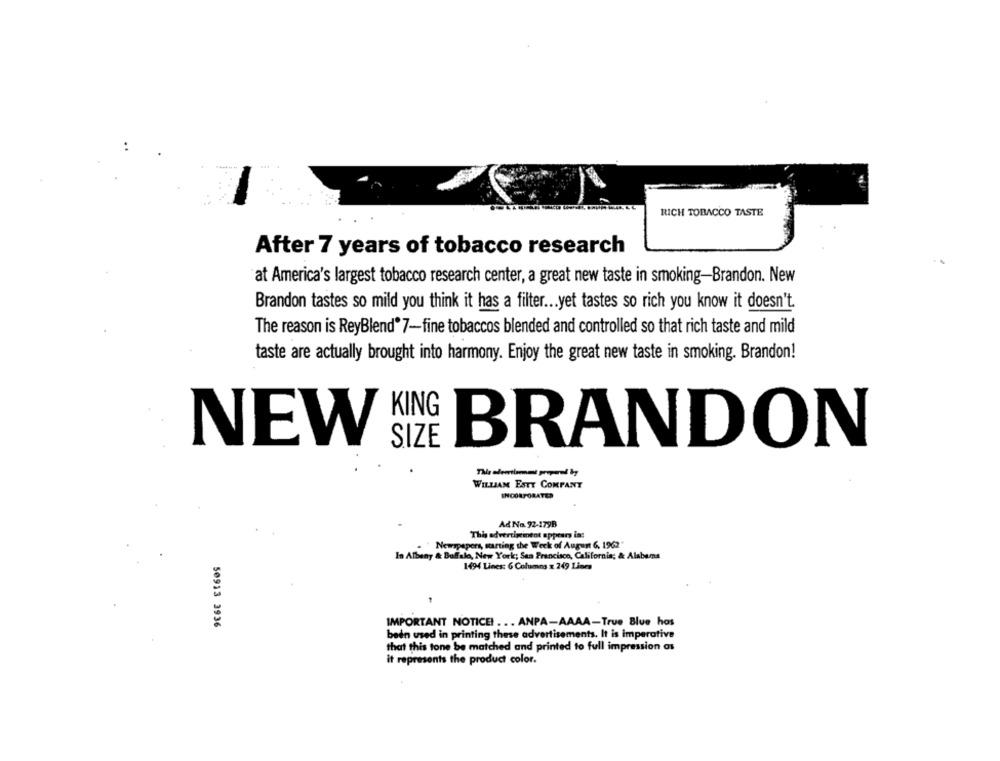
RICH TOBACCO TASTE
After 7 years of tobacco research
at America's largest tobacco research center, a great new taste in smoking-Brandon. New
Brandon tastes so mild you think it has a filter ... yet tastes so rich you know it doesn't.
The reason is ReyBlend®7-fine tobaccos blended and controlled so that rich taste and mild
taste are actually brought into harmony. Enjoy the great new taste in smoking. Brandon!
KING
NEW
SIZE
BRANDON
This oleortlamont prepared by
WILLIAM ESTY COMPANY
INCORPORATES
Ad No. 92-179B
This advertisement appears in:
Newspapers, starting the Week of August 6, 1962"
In Albany & Buffalo, New York; San Francisco, California; & Alabama
1494 Lines: 6 Columns x 249 Lines
50913 3936
IMPORTANT NOTICE! ... ANPA-
been used in printing these advertisements. It is imperative
that this tone be matched and printed to full impression as
it represents the product color.